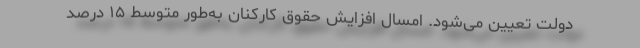
دولت تعیین می‌شود. امسال افزایش حقوق کارکنان به‌طور متوسط ۱۵ درصد